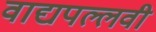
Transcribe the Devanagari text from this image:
वाद्यपल्लवी